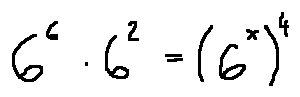
6 ^ { 6 } \cdot 6 ^ { 2 } = ( 6 ^ { x } ) ^ { 4 }